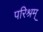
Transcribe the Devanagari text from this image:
परिश्रम्